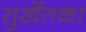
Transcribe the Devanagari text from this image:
सुर्खेतका